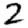
Digit: 2